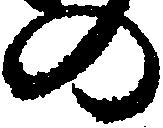
の